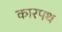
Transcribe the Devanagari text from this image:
कारपथ